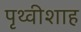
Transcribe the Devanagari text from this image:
पृथ्वीशाह